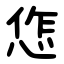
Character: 㤰